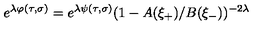
e ^ { \lambda \varphi ( \tau , \sigma ) } = e ^ { \lambda \psi ( \tau , \sigma ) } ( 1 - A ( \xi _ { + } ) / B ( \xi _ { - } ) ) ^ { - 2 \lambda }